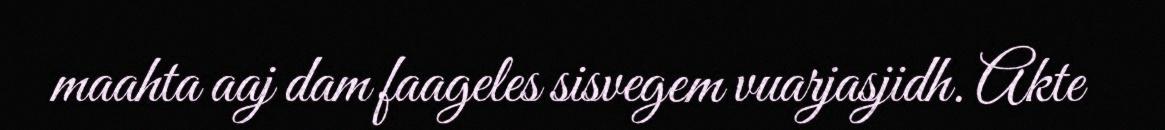
maahta aaj dam faageles sisvegem vuarjasjidh. Akte